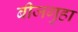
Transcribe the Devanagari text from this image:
बीजगुहा